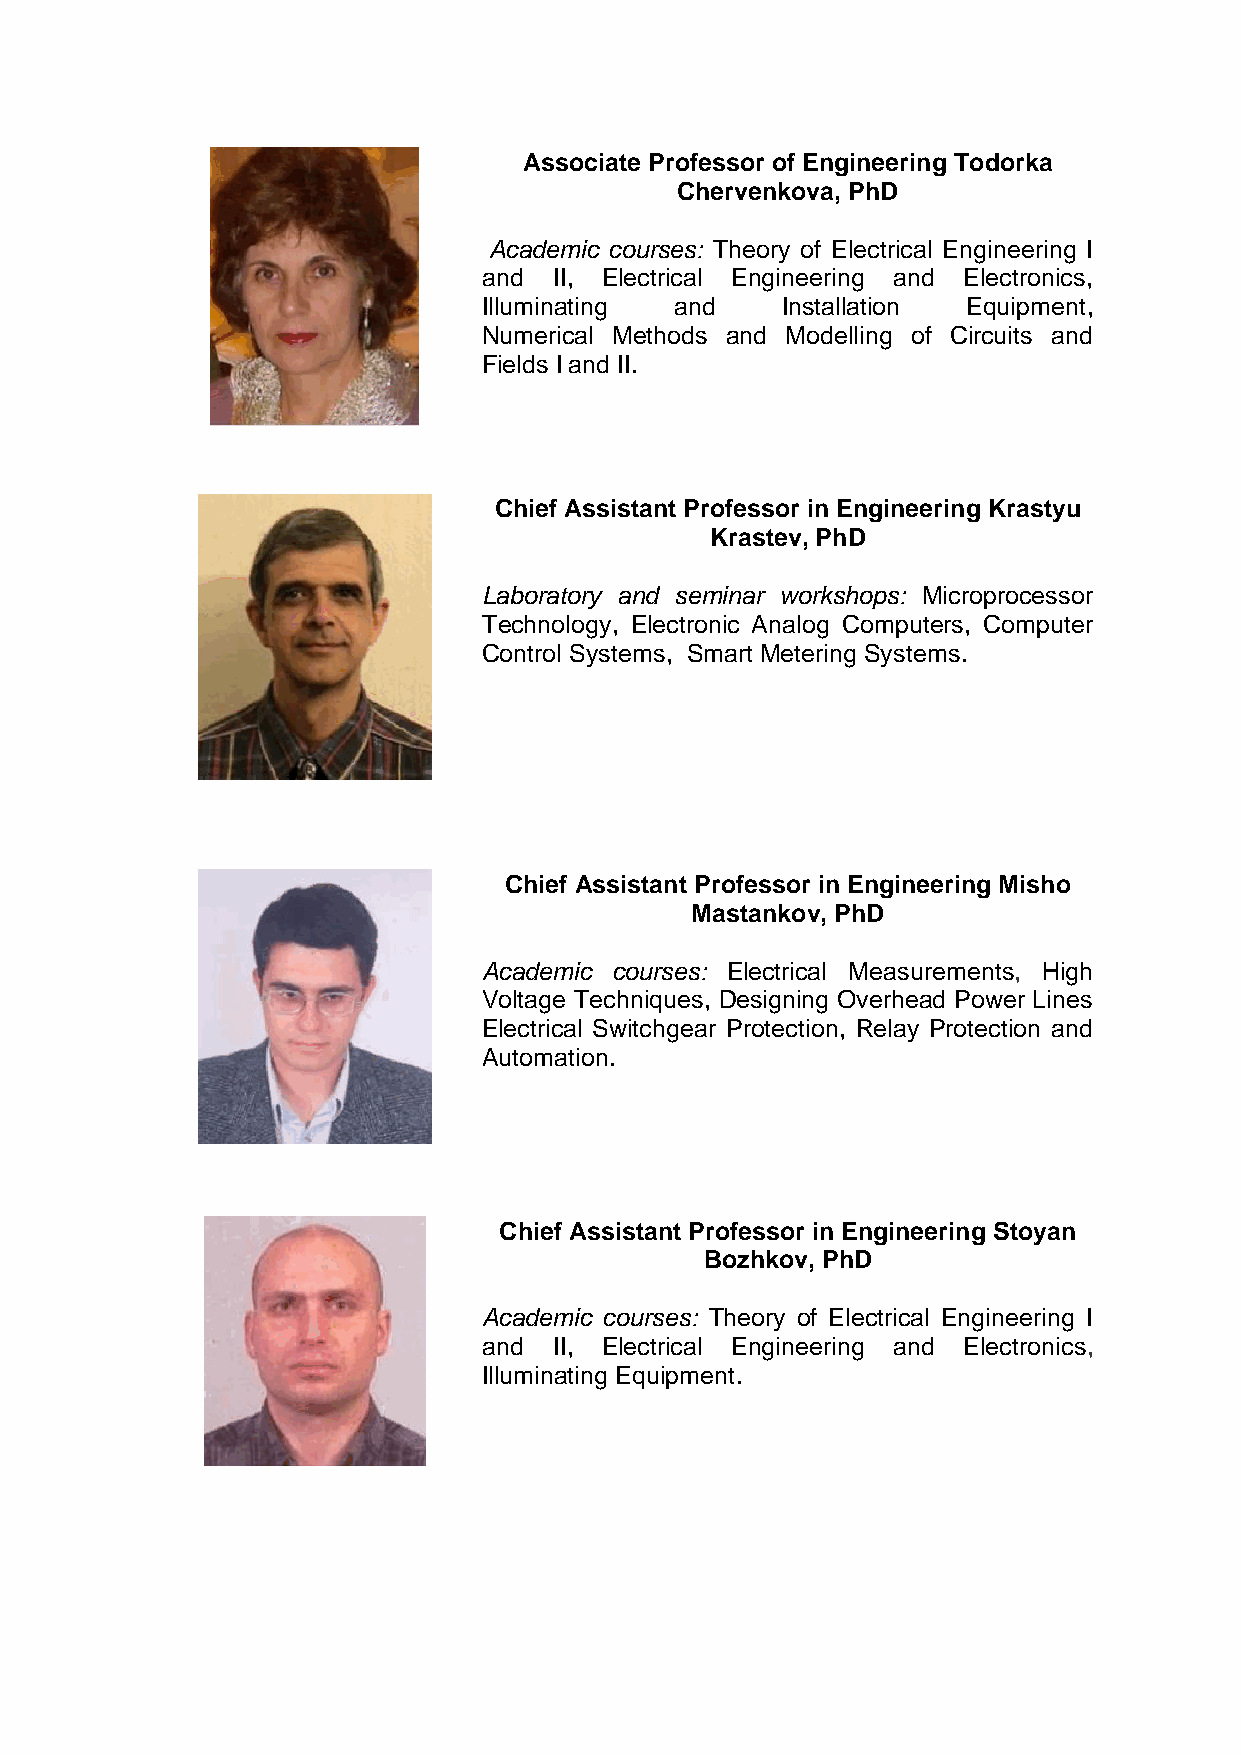
Associate Professor of Engineering Todorka
 Chervenkova, PhD
 Academic courses: Theory of Electrical Engineering I
 and  II, Electrical Engineering and Electronics,
 Illuminating and    Installation Equipment,
 Numerical Methods and Modelling of Circuits and
 Fields I and II.
 Chief Assistant Professor in Engineering Krastyu
 Krastev, PhD
 Laboratory and seminar workshops: Microprocessor
 Technology, Electronic Analog Computers, Computer
 Control Systems, Smart Metering Systems.
 Chief Assistant Professor in Engineering Misho
 Mastankov, PhD
 Academic courses: Electrical Measurements, High
 Voltage Techniques, Designing Overhead Power Lines
 Electrical Switchgear Protection, Relay Protection and
 Automation.
 Chief Assistant Professor in Engineering Stoyan
 Bozhkov, PhD
 Academic courses: Theory of Electrical Engineering I
 and  II, Electrical Engineering and Electronics,
 Illuminating Equipment.